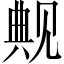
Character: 觍